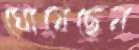
ঘোষেছেন